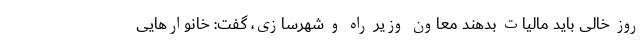
روز خالی باید مالیات بدهند معاون وزیر راه و شهرسازی، گفت: خانوارهایی